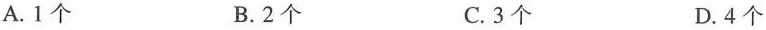
A.1个 B.2个 C.3个 D.4个